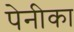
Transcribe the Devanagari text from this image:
पेनीका